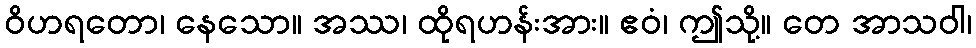
ဝိဟရတော၊ နေသော။ အဿ၊ ထိုရဟန်းအား။ ဧဝံ၊ ဤသို့။ တေ အာသဝါ၊